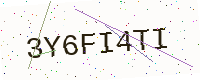
Text: 3Y6FI4TI